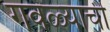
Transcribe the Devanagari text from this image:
गवळ्याची